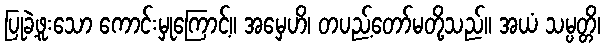
ပြုခဲ့ဖူးသော ကောင်းမှုကြောင့်။ အမှေဟိ၊ တပည့်တော်မတို့သည်။ အယံ သမ္ပတ္တိ၊